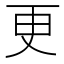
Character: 更